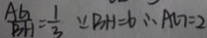
\frac { A G } { B H } = \frac { 1 } { 3 } \because B H = 6 \therefore A G = 2